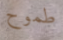
طموح